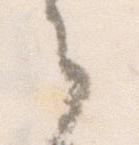
之